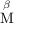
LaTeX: \overset { \beta } { \mathrm { M } }